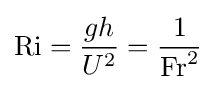
\mathrm {Ri} ={\frac {gh}{U^{2}}}={\frac {1}{\mathrm {Fr} ^{2}}}